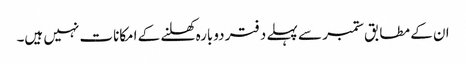
ان کے مطابق ستمبر سے پہلے دفتر دوبارہ کھلنے کے امکانات نہیں ہیں۔